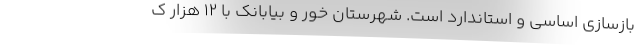
بازسازی اساسی و استاندارد است. شهرستان خور و بیابانک با ۱۲ هزار ک